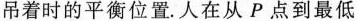
吊着时的平衡位置。人在从P点到最低